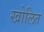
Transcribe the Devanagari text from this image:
खोलित